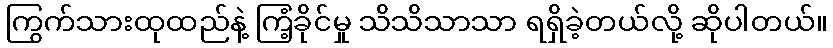
ကြွက်သားထုထည်နဲ့ ကြံ့ခိုင်မှု သိသိသာသာ ရရှိခဲ့တယ်လို့ ဆိုပါတယ်။